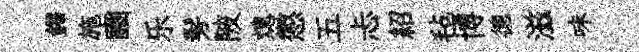
鐸施豳乐髣陂熄懲五忐紹毡博德滋味